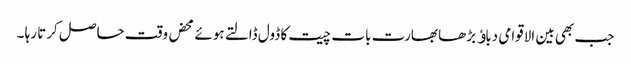
جب بھی بین الاقوامی دباﺅ بڑھا بھارت بات چیت کا ڈول ڈالتے ہوئے محض وقت حاصل کرتا رہا ۔